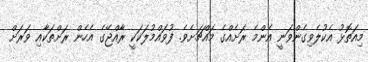
މިއަތޮޅު އެކުލެވިގެންވަނީ އެންމެ ރަށެއްގެ މައްޗަށެވެ. ފުވައްމުލަކަކީ ރާއްޖޭގެ އެހެން ރަށްތަކާއި ވަރަށް